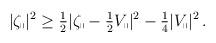
LaTeX: \begin{align*} \begin{aligned} |\zeta_\shortparallel|^2 \geq \tfrac{1}{2} |\zeta_\shortparallel - \tfrac{1}{2} V_\shortparallel|^2 - \tfrac{1}{4} |V_\shortparallel|^2 \,. \end{aligned} \end{align*}